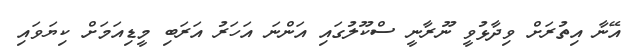
އޭނާ އިތުރަށް ވިދާޅުވީ ނޫރާނީ ސްކޫލުގައި އަންނަ އަހަރު އަރަބި މީޑިއަމަށް ކިޔަވައި